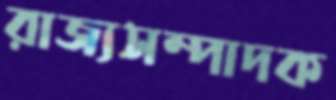
রাজ্যসম্পাদক